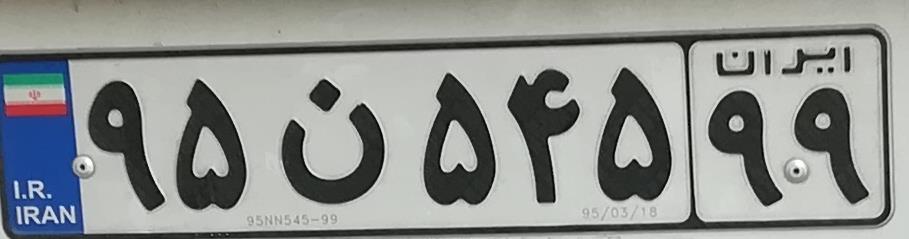
۹۵ن۵۴۵۹۹